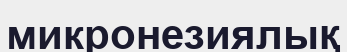
микронезиялық